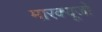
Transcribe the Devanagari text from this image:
मारक्यूजो